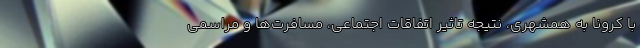
با کرونا به همشهری، نتیجه تاثیر اتفاقات اجتماعی، مسافرت‌ها و مراسمی